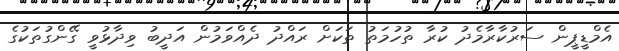
އެމްޑީޕީން ސަރުކާރާމެދު ކުރާ ތުހުމަތު ތަކަށް ރައްދު ދެއްވަމުން އަދީބު ވިދާޅުވީ ގޭންގުތަކުގެ